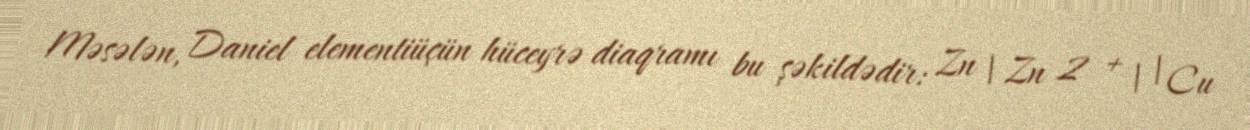
Məsələn, Daniel elementiüçün hüceyrə diaqramı bu şəkildədir: Zn | Zn 2 + | | Cu